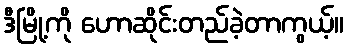
ဒီမြို့ကို ဟောဆိုင်းတည်ခဲ့တာကွယ့်။